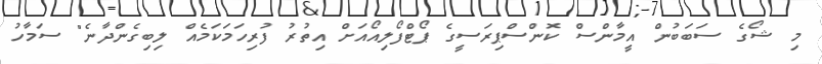
މި ޝޯގެ ސަބަބުން އީމާންސް ކޮންސްޕިރަސީގެ ޕޯޓްފޯލިއޯއަށް އިތުރު ފުރިހަމަކަމެއް ލިބިގެންދާނެ" ސަމާހު